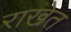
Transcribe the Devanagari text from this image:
राखेत